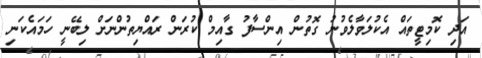
އަދި ކޮމިޓީތައް އެކުލަވާލެވުނު ގޮތުން އިންސާފު ގާއިމް ކުރަން ރައްޔިތުންނަށް ލިބޭނީ ހަމައެކަނި